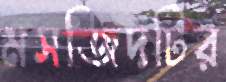
মসজিদটির